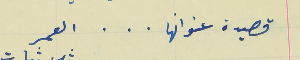
قصيدة عنوانها   .  .  .   العمر